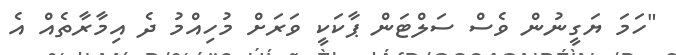
"ހަމަ ޔަގީނުން ވެސް ސަލްޓަން ޕާކަކީ ވަރަށް މުހިއްމު ދެ އިމާރާތެއް އެ